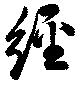
經